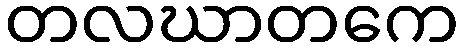
တလဃာတကေ